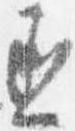
丞